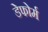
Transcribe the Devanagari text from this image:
डेफोर्म